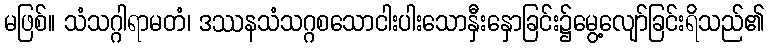
မဖြစ်။ သံသဂ္ဂါရာမတံ၊ ဒဿနသံသဂ္ဂစသောငါးပါးသောနှီးနှောခြင်း၌မွေ့လျော်ခြင်းရိသည်၏